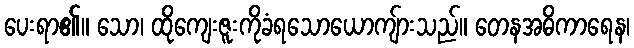
ပေးရာ၏။ သော၊ ထိုကျေးဇူးကိုခံရသောယောကျ်ားသည်။ တေနအဓိကာရေန၊